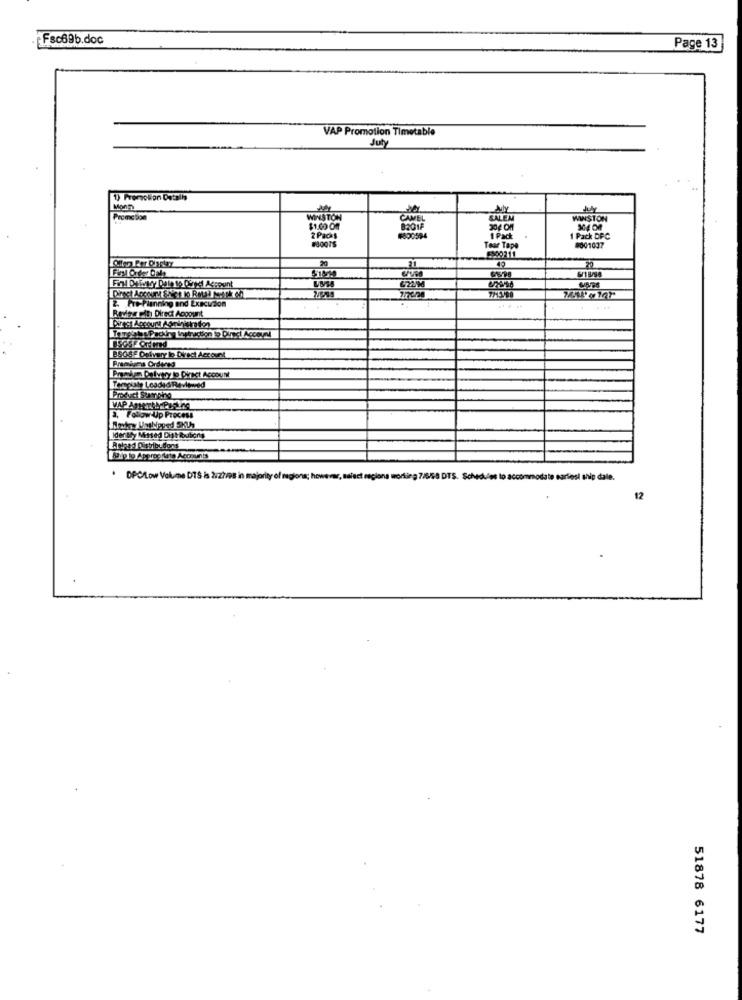
Fsc69b.doc
Page 13
VAP Promotion Timetable
July
1) Promotion Datalis
Promc 500
WINSTON
ALEM
WINSTON
11.00 0
1 Pack DPC
Tear Tape
#001037
5900211
5/18/98
2. he-Planning and Execution
Revise with Direct Account
BSGSF Delivery to Direct Account
Premiera Ordered
a, Follow Up Process
Ider aty Missed Ditt Rubiony
Bip to Appropriato Accounts
DPC/Low Volume DTS is 2.zhes in majority of region
os to accommodate sariesi ship dale.
12
51878 6177